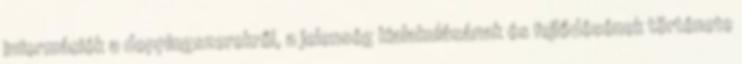
információk a doppingszerekről, a jelenség kialakulásának és fejlődésének története